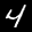
Label: 4